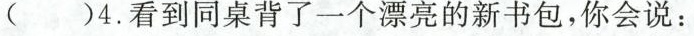
( )4.看到同桌背了一个漂亮的新书包，你会说：